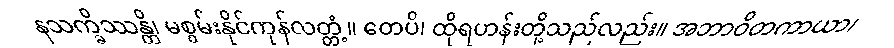
နသက္ခိဿန္တိ၊ မစွမ်းနိုင်ကုန်လတ္တံ့။ တေပိ၊ ထိုရဟန်းတို့သည်လည်း။ အဘာဝိတကာယာ၊